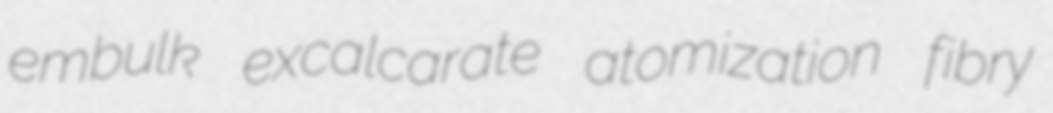
embulk excalcarate atomization fibry